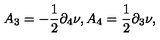
A _ { 3 } = - { \frac { 1 } { 2 } } \partial _ { 4 } \nu , A _ { 4 } = { \frac { 1 } { 2 } } \partial _ { 3 } \nu ,